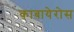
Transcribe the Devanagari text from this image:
काबायेरोस